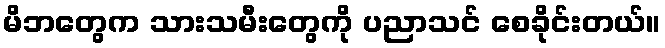
မိဘတွေက သားသမီးတွေကို ပညာသင် စေခိုင်းတယ်။